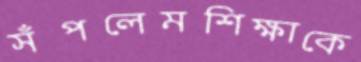
সঁপলেমশিক্ষাকে